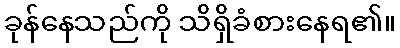
ခုန်နေသည်ကို သိရှိခံစားနေရ၏။